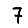
Digit: 7